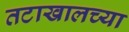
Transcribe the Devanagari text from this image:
तटाखालच्या